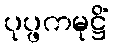
ပုပ္ဖကမုဋ္ဌိံ